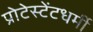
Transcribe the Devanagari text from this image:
प्रोटेस्टेंटधर्मी